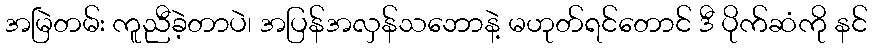
အမြဲတမ်း ကူညီခဲ့တာပဲ၊ အပြန်အလှန်သဘောနဲ့ မဟုတ်ရင်တောင် ဒီ ပိုက်ဆံကို နင်